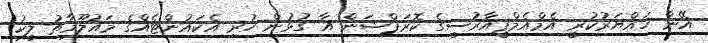
އޭނާ ހައްޔަރުކުރީ އެމްއެމްޕީއާރުސީގެ ކޮރަޕްޝަން އާ ގުޅުން ހުރި އެކައުންޓެއްގެ މައުލޫމާތު ލީކު